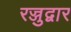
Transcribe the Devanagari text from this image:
रज्जुद्वार